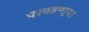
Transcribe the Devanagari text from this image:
परवडणार्‍या